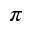
\pi